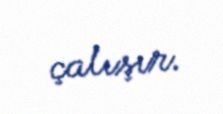
çalışır.